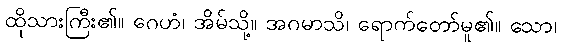
ထိုသားကြီး၏။ ဂေဟံ၊ အိမ်သို့။ အဂမာသိ၊ ရောက်တော်မူ၏။ သော၊